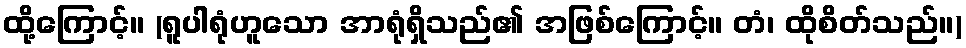
ထို့ကြောင့်။ (ရူပါရုံဟူသော အာရုံရှိသည်၏ အဖြစ်ကြောင့်။ တံ၊ ထိုစိတ်သည်။)